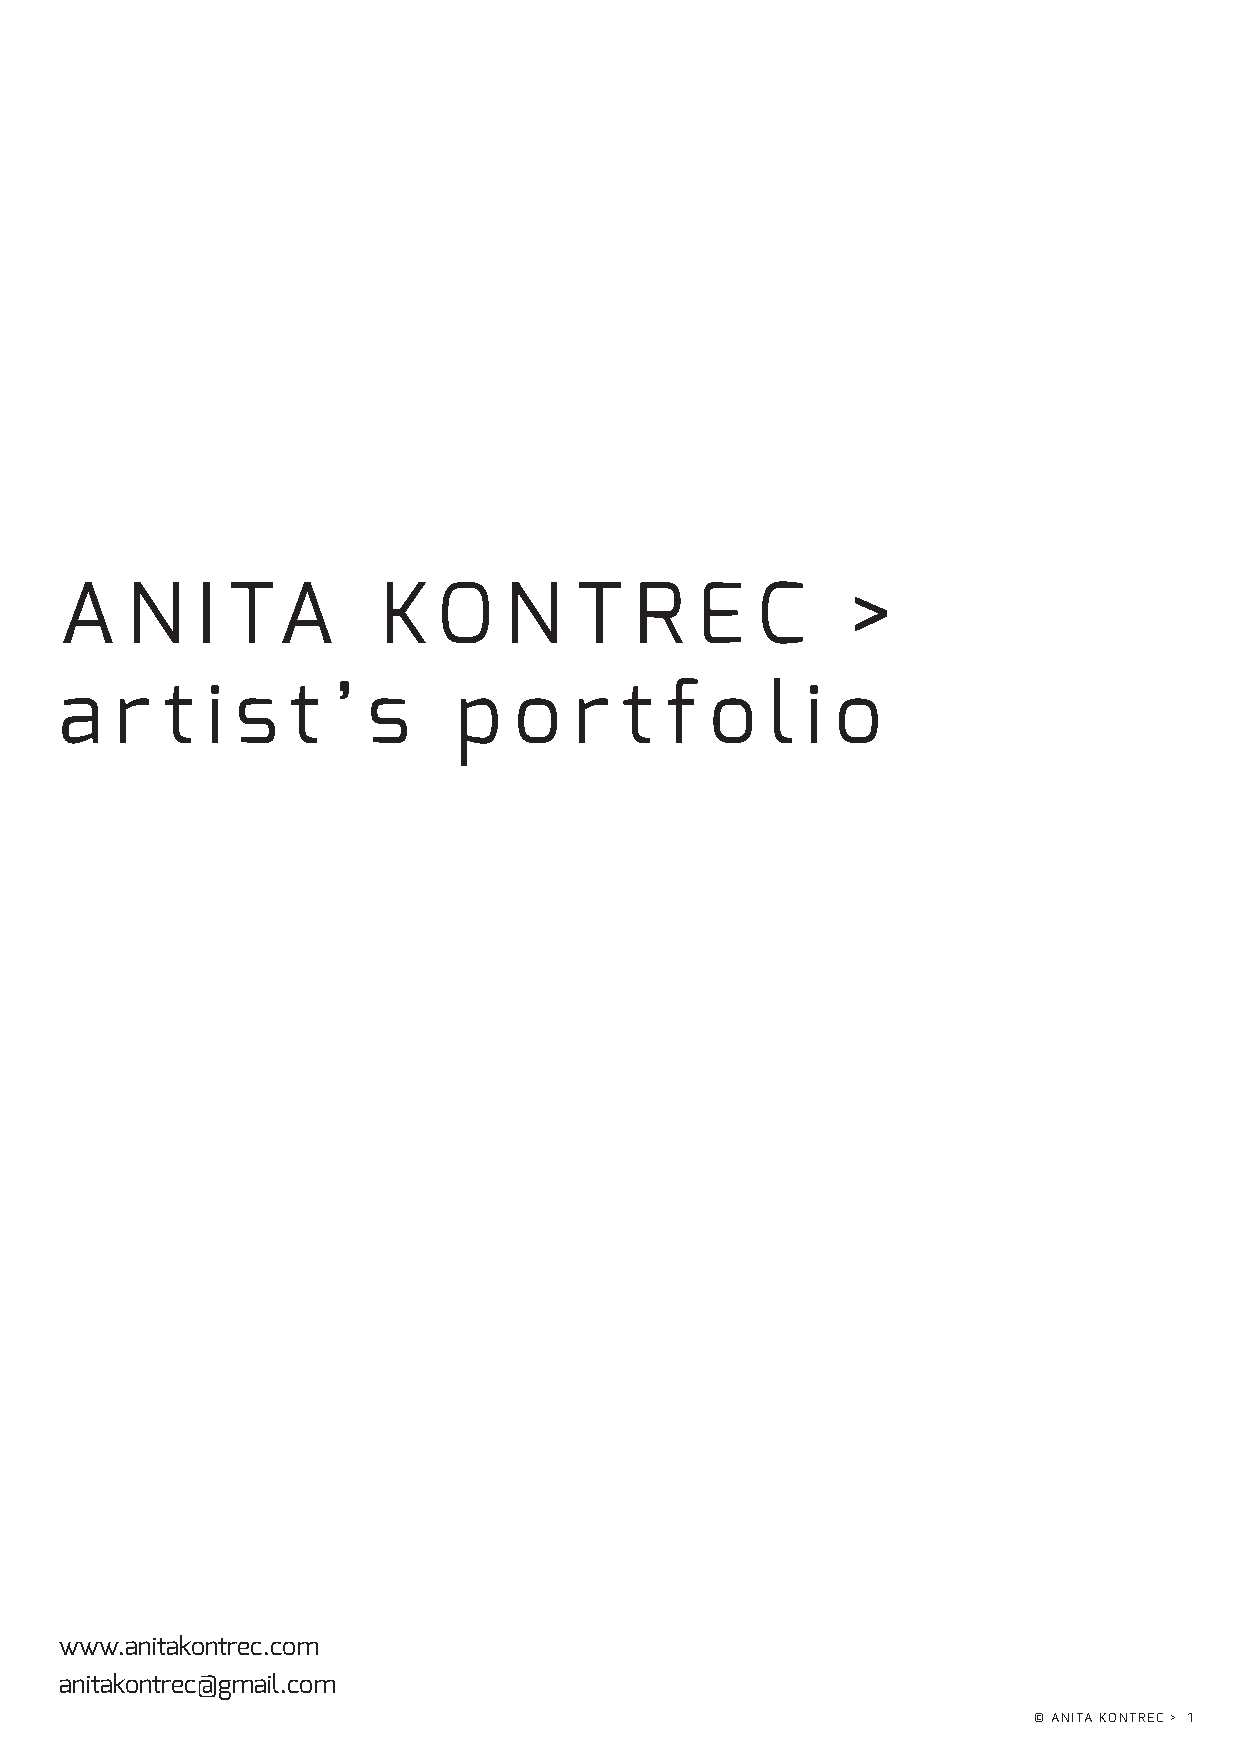
A   N    I TA        K   O   N    T   R   E   C     >
 a   r  t  i s  t  ’ s     p   o   r  t  f  o   l i o
 www.anitakontrec.com
 anitakontrec@gmail.com
 © ANITA KONTREC > 1